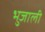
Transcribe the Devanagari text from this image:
भुजाली